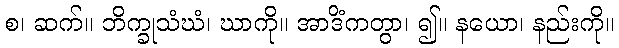
စ၊ ဆက်။ ဘိက္ခုသံဃံ၊ ဃာကို။ အာဒိံကတွာ၊ ၍။ နယော၊ နည်းကို။